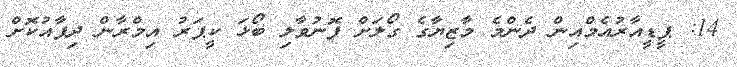
14: ޕީޑީއާރުއެމްއިން ދެންމެ މާޒިޔާގެ ގޯލަށް ފޮނުވާލި ބޯޅަ ކީޕަރު އިމްރާން ދިފާއުކޮށް